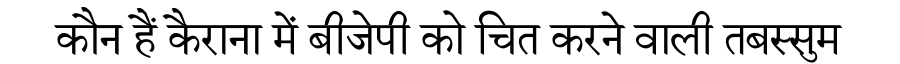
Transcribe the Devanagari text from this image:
कौन हैं कैराना में बीजेपी को चित करने वाली तबस्सुम